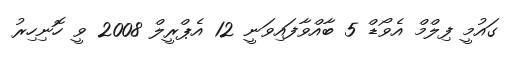
ގައުމީ ފިލްމް އެވޯޑް 5 ބާއްވާފައިވަނީ 12 އެޕްރީލް 2008 ވީ ހޮނިހިރު